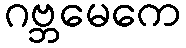
ဂဗ္ဘမေကေ